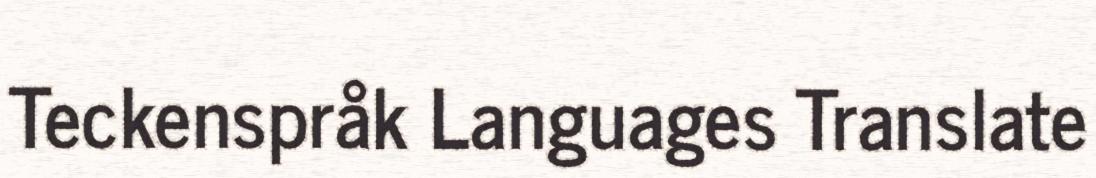
Teckenspråk Languages Translate